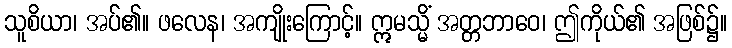
သူစိယာ၊ အပ်၏။ ဖလေန၊ အကျိုးကြောင့်။ ဣမသ္မိံ အတ္တဘာဝေ၊ ဤကိုယ်၏ အဖြစ်၌။